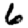
Digit: 6